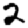
Digit: 2